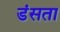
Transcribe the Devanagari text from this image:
डंसता